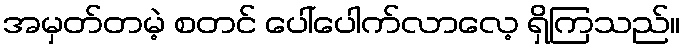
အမှတ်တမဲ့ စတင် ပေါ်ပေါက်လာလေ့ ရှိကြသည်။